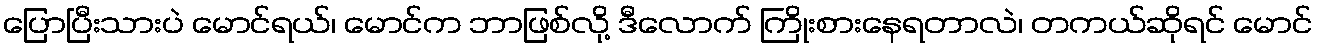
ပြောပြီးသားပဲ မောင်ရယ်၊ မောင်က ဘာဖြစ်လို့ ဒီလောက် ကြိုးစားနေရတာလဲ၊ တကယ်ဆိုရင် မောင်